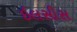
ઇલસીસ